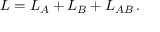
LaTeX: L = L _ { A } + L _ { B } + L _ { A B } \, .